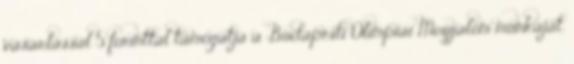
vásárlással 5 forinttal támogatja a Budapesti Olimpiai Mozgalom munkáját.